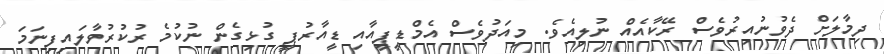
ދިމާލަށް ދެވުނުއިރުވެސް ރޭކާއެއް ނުލިއެވެ. މިއަދުވެސް އެމްޑީޕީއާއި ޑީއާރުޕީ ގުޅިގެން ނުކުމެ ރުކުރުވާލައިފިނަމަ